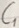
Text: C1